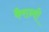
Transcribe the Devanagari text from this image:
कैरान्वी